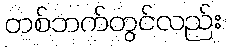
တစ်ဘက်တွင်လည်း